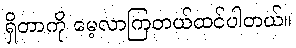
ရှိတာကို မေ့လာကြတယ်ထင်ပါတယ်။